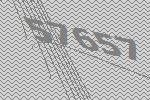
57657